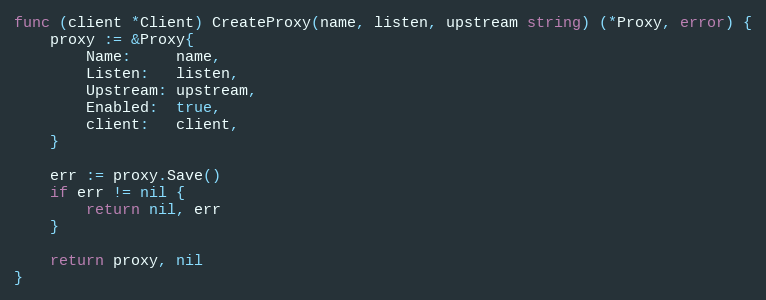
Language: Go
func (client *Client) CreateProxy(name, listen, upstream string) (*Proxy, error) {
	proxy := &Proxy{
		Name:     name,
		Listen:   listen,
		Upstream: upstream,
		Enabled:  true,
		client:   client,
	}

	err := proxy.Save()
	if err != nil {
		return nil, err
	}

	return proxy, nil
}